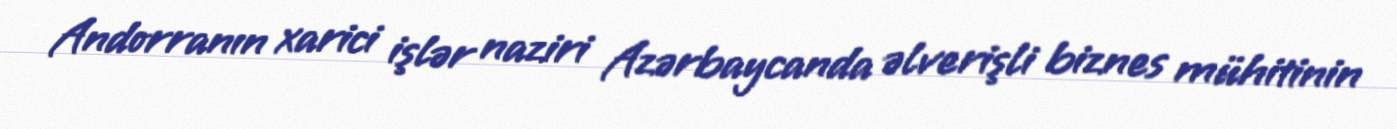
Andorranın xarici işlər naziri Azərbaycanda əlverişli biznes mühitinin